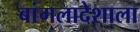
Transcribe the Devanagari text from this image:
बांगलादेशाला